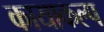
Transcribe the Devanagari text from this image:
कायाकल्‍प